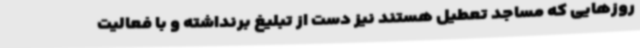
روزهایی که مساجد تعطیل هستند نیز دست از تبلیغ برنداشته و با فعالیت